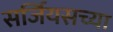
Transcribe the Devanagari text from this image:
सर्जियसच्या